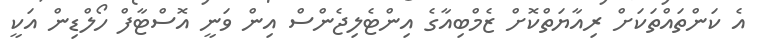
އެ ކަންތައްތަކަށް ރިއާޔަތްކޮށް ޒެމްބިއާގެ އިންޓެލިޖެންސް އިން ވަނީ އޮސްޓާފް ހޯލްޑިން އަކީ